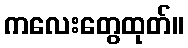
ကလေးတွေထုတ်။